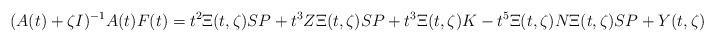
LaTeX: \begin{align*}(A(t) + \zeta I)^{-1} A(t) F(t) = t^2 \Xi(t,\zeta) SP + t^3 Z \Xi(t,\zeta) SP+ t^3 \Xi(t,\zeta) K - t^5 \Xi(t,\zeta) N \Xi(t,\zeta) SP + Y(t,\zeta),\end{align*}